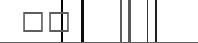
٨٣